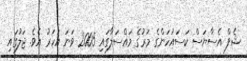
ޝެފް އެސާޔަސް ކަސައުހަންގެ މަރުގެ މައްސަލާގައި 2005 ވަނަ އަހަރު އެވެ. ޖަލުގައި